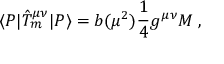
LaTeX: \langle P | \hat { T } _ { m } ^ { \mu \nu } | P \rangle = b ( \mu ^ { 2 } ) { \frac { 1 } { 4 } } g ^ { \mu \nu } M \; ,